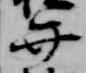
弁